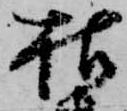
枯